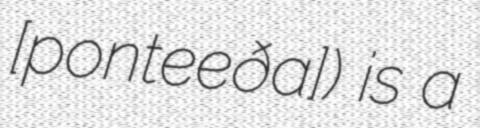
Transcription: [ponteˈβeðɾa]) is a